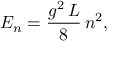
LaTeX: E _ { n } = { \frac { g ^ { 2 } \, L } { 8 } } \, n ^ { 2 } ,